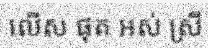
លើស ផុត អស់ ស្រី